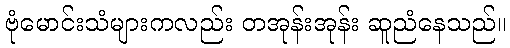
ဗုံမောင်းသံများကလည်း တအုန်းအုန်း ဆူညံနေသည်။